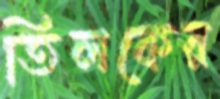
তিলকের